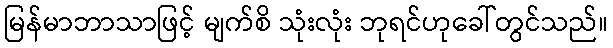
မြန်မာဘာသာဖြင့် မျက်စိ သုံးလုံး ဘုရင်ဟုခေါ်တွင်သည်။